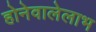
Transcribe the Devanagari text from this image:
होनेवालेलाभ